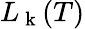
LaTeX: L_{\mathrm{~k~}}(T)